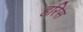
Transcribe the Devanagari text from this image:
हरिस